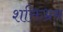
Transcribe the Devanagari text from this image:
शक्तिभ्रम